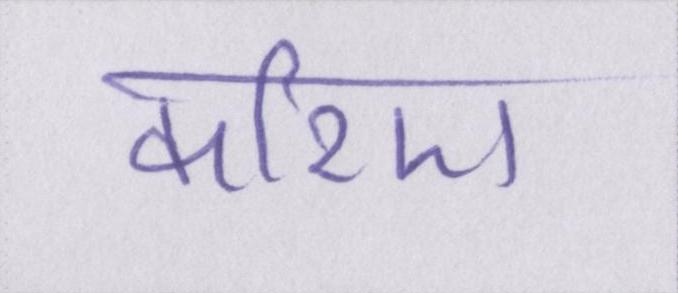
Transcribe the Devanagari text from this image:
करिए